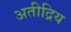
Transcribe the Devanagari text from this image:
अतीद्रिय